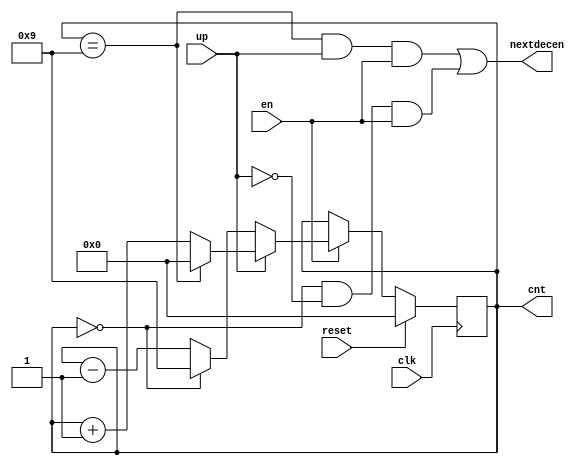
// deccount.v
// Jerry Hamann
// EE 2390 Fall 2016
module deccount(cnt,nextdecen,en,up,clk,reset);
    output [3:0]    cnt;
    output          nextdecen;
    input           en, up;
    input           clk, reset;

    reg    [3:0]    cnt, ncnt;

    always @(posedge clk) begin
        if(reset)
            cnt <= 4'b0000;
        else
            if(en)
                cnt <= ncnt;
            else
                cnt <= cnt;
    end

    always @(cnt, up) begin
        if(up)
            ncnt = (cnt==9) ? 0 : cnt+1;
        else
            ncnt = (cnt==0) ? 9 : cnt-1;
    end

    assign nextdecen = ((cnt==9) && up && en) || ((cnt==0) && !up && en);
endmodule